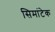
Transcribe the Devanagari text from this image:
सिमांटेक